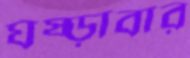
ঘষ্‌ড়াবার